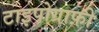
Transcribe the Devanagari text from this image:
टाइपोग्राफ़ी